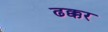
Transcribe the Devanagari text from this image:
ढक्कर